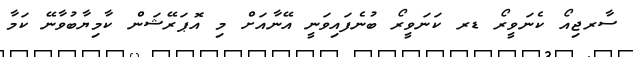
ސާރޖިއޯ ކެނަވީރޯ ޑރ ކަނަވީރޯ ބުނެފައިވަނީ އޭނާއަށް މި އޮޕަރޭޝަން ކާމިޔާބުވާނޭ ކަމާ